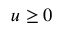
u \ge 0